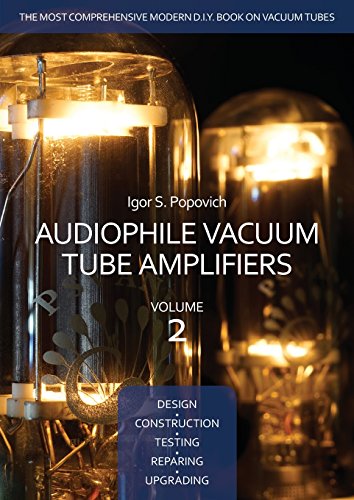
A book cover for Audiophile Vacuum Tube Amplifiers - Design, Construction, Testing, Repairing & Upgrading, Volume 2; Igor S. Popovich; Science & Math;